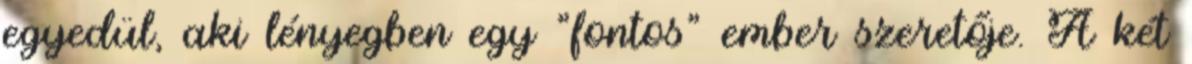
egyedül, aki lényegben egy "fontos" ember szeretője. A két